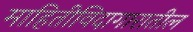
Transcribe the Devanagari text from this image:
माहितीविदागारातील